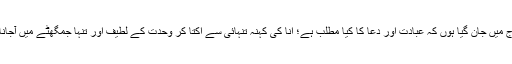
آج میں جان گیا ہوں کہ عبادت اور دُعا کا کیا مطلب ہے؛ انا کی کہنہ تنہائی سے اُکتا کر وحدت کے لطیف اور تنہا جمگھٹے میں آجانا!